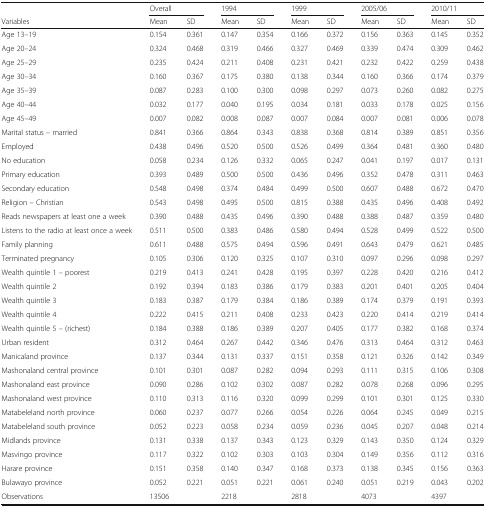
<table><thead><tr><td></td><td colspan="2"><b>Overall</b></td><td colspan="2"><b>1994</b></td><td colspan="2"><b>1999</b></td><td colspan="2"><b>2005/06</b></td><td colspan="2"><b>2010/11</b></td></tr><tr><td><b>Variables</b></td><td><b>Mean</b></td><td><b>SD</b></td><td><b>Mean</b></td><td><b>SD</b></td><td><b>Mean</b></td><td><b>SD</b></td><td><b>Mean</b></td><td><b>SD</b></td><td><b>Mean</b></td><td><b>SD</b></td></tr></thead><tbody><tr><td>Age 13–19</td><td>0.154</td><td>0.361</td><td>0.147</td><td>0.354</td><td>0.166</td><td>0.372</td><td>0.156</td><td>0.363</td><td>0.145</td><td>0.352</td></tr><tr><td>Age 20–24</td><td>0.324</td><td>0.468</td><td>0.319</td><td>0.466</td><td>0.327</td><td>0.469</td><td>0.339</td><td>0.474</td><td>0.309</td><td>0.462</td></tr><tr><td>Age 25–29</td><td>0.235</td><td>0.424</td><td>0.211</td><td>0.408</td><td>0.231</td><td>0.421</td><td>0.232</td><td>0.422</td><td>0.259</td><td>0.438</td></tr><tr><td>Age 30–34</td><td>0.160</td><td>0.367</td><td>0.175</td><td>0.380</td><td>0.138</td><td>0.344</td><td>0.160</td><td>0.366</td><td>0.174</td><td>0.379</td></tr><tr><td>Age 35–39</td><td>0.087</td><td>0.283</td><td>0.100</td><td>0.300</td><td>0.098</td><td>0.297</td><td>0.073</td><td>0.260</td><td>0.082</td><td>0.275</td></tr><tr><td>Age 40–44</td><td>0.032</td><td>0.177</td><td>0.040</td><td>0.195</td><td>0.034</td><td>0.181</td><td>0.033</td><td>0.178</td><td>0.025</td><td>0.156</td></tr><tr><td>Age 45–49</td><td>0.007</td><td>0.082</td><td>0.008</td><td>0.087</td><td>0.007</td><td>0.084</td><td>0.007</td><td>0.081</td><td>0.006</td><td>0.078</td></tr><tr><td>Marital status – married</td><td>0.841</td><td>0.366</td><td>0.864</td><td>0.343</td><td>0.838</td><td>0.368</td><td>0.814</td><td>0.389</td><td>0.851</td><td>0.356</td></tr><tr><td>Employed</td><td>0.438</td><td>0.496</td><td>0.520</td><td>0.500</td><td>0.526</td><td>0.499</td><td>0.364</td><td>0.481</td><td>0.360</td><td>0.480</td></tr><tr><td>No education</td><td>0.058</td><td>0.234</td><td>0.126</td><td>0.332</td><td>0.065</td><td>0.247</td><td>0.041</td><td>0.197</td><td>0.017</td><td>0.131</td></tr><tr><td>Primary education</td><td>0.393</td><td>0.489</td><td>0.500</td><td>0.500</td><td>0.436</td><td>0.496</td><td>0.352</td><td>0.478</td><td>0.311</td><td>0.463</td></tr><tr><td>Secondary education</td><td>0.548</td><td>0.498</td><td>0.374</td><td>0.484</td><td>0.499</td><td>0.500</td><td>0.607</td><td>0.488</td><td>0.672</td><td>0.470</td></tr><tr><td>Religion – Christian</td><td>0.543</td><td>0.498</td><td>0.495</td><td>0.500</td><td>0.815</td><td>0.388</td><td>0.435</td><td>0.496</td><td>0.408</td><td>0.492</td></tr><tr><td>Reads newspapers at least one a week</td><td>0.390</td><td>0.488</td><td>0.435</td><td>0.496</td><td>0.390</td><td>0.488</td><td>0.388</td><td>0.487</td><td>0.359</td><td>0.480</td></tr><tr><td>Listens to the radio at least once a week</td><td>0.511</td><td>0.500</td><td>0.383</td><td>0.486</td><td>0.580</td><td>0.494</td><td>0.528</td><td>0.499</td><td>0.522</td><td>0.500</td></tr><tr><td>Family planning</td><td>0.611</td><td>0.488</td><td>0.575</td><td>0.494</td><td>0.596</td><td>0.491</td><td>0.643</td><td>0.479</td><td>0.621</td><td>0.485</td></tr><tr><td>Terminated pregnancy</td><td>0.105</td><td>0.306</td><td>0.120</td><td>0.325</td><td>0.107</td><td>0.310</td><td>0.097</td><td>0.296</td><td>0.098</td><td>0.297</td></tr><tr><td>Wealth quintile 1 – poorest</td><td>0.219</td><td>0.413</td><td>0.241</td><td>0.428</td><td>0.195</td><td>0.397</td><td>0.228</td><td>0.420</td><td>0.216</td><td>0.412</td></tr><tr><td>Wealth quintile 2</td><td>0.192</td><td>0.394</td><td>0.183</td><td>0.386</td><td>0.179</td><td>0.383</td><td>0.201</td><td>0.401</td><td>0.205</td><td>0.404</td></tr><tr><td>Wealth quintile 3</td><td>0.183</td><td>0.387</td><td>0.179</td><td>0.384</td><td>0.186</td><td>0.389</td><td>0.174</td><td>0.379</td><td>0.191</td><td>0.393</td></tr><tr><td>Wealth quintile 4</td><td>0.222</td><td>0.415</td><td>0.211</td><td>0.408</td><td>0.233</td><td>0.423</td><td>0.220</td><td>0.414</td><td>0.219</td><td>0.414</td></tr><tr><td>Wealth quintile 5 – (richest)</td><td>0.184</td><td>0.388</td><td>0.186</td><td>0.389</td><td>0.207</td><td>0.405</td><td>0.177</td><td>0.382</td><td>0.168</td><td>0.374</td></tr><tr><td>Urban resident</td><td>0.312</td><td>0.464</td><td>0.267</td><td>0.442</td><td>0.346</td><td>0.476</td><td>0.313</td><td>0.464</td><td>0.312</td><td>0.463</td></tr><tr><td>Manicaland province</td><td>0.137</td><td>0.344</td><td>0.131</td><td>0.337</td><td>0.151</td><td>0.358</td><td>0.121</td><td>0.326</td><td>0.142</td><td>0.349</td></tr><tr><td>Mashonaland central province</td><td>0.101</td><td>0.301</td><td>0.087</td><td>0.282</td><td>0.094</td><td>0.293</td><td>0.111</td><td>0.315</td><td>0.106</td><td>0.308</td></tr><tr><td>Mashonaland east province</td><td>0.090</td><td>0.286</td><td>0.102</td><td>0.302</td><td>0.087</td><td>0.282</td><td>0.078</td><td>0.268</td><td>0.096</td><td>0.295</td></tr><tr><td>Mashonaland west province</td><td>0.110</td><td>0.313</td><td>0.116</td><td>0.320</td><td>0.099</td><td>0.299</td><td>0.101</td><td>0.301</td><td>0.125</td><td>0.330</td></tr><tr><td>Matabeleland north province</td><td>0.060</td><td>0.237</td><td>0.077</td><td>0.266</td><td>0.054</td><td>0.226</td><td>0.064</td><td>0.245</td><td>0.049</td><td>0.215</td></tr><tr><td>Matabeleland south province</td><td>0.052</td><td>0.223</td><td>0.058</td><td>0.234</td><td>0.059</td><td>0.236</td><td>0.045</td><td>0.207</td><td>0.048</td><td>0.214</td></tr><tr><td>Midlands province</td><td>0.131</td><td>0.338</td><td>0.137</td><td>0.343</td><td>0.123</td><td>0.329</td><td>0.143</td><td>0.350</td><td>0.124</td><td>0.329</td></tr><tr><td>Masvingo province</td><td>0.117</td><td>0.322</td><td>0.102</td><td>0.303</td><td>0.103</td><td>0.304</td><td>0.149</td><td>0.356</td><td>0.112</td><td>0.316</td></tr><tr><td>Harare province</td><td>0.151</td><td>0.358</td><td>0.140</td><td>0.347</td><td>0.168</td><td>0.373</td><td>0.138</td><td>0.345</td><td>0.156</td><td>0.363</td></tr><tr><td>Bulawayo province</td><td>0.052</td><td>0.221</td><td>0.051</td><td>0.221</td><td>0.061</td><td>0.240</td><td>0.051</td><td>0.219</td><td>0.043</td><td>0.202</td></tr><tr><td>Observations</td><td>13506</td><td></td><td>2218</td><td></td><td>2818</td><td></td><td>4073</td><td></td><td>4397</td><td></td></tr></tbody></table>